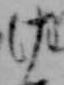
け